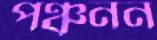
পঞ্চনন